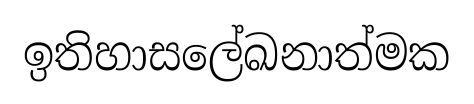
ඉතිහාසලේඛනාත්මක